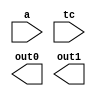
////////////////////////////////////////////////////////////////////////////////
//
//       This confidential and proprietary software may be used only
//     as authorized by a licensing agreement from Synopsys Inc.
//     In the event of publication, the following notice is applicable:
//
//                    (C) COPYRIGHT 1999 - 2023 SYNOPSYS INC.
//                           ALL RIGHTS RESERVED
//
//       The entire notice above must be reproduced on all authorized
//     copies.
//
//
// VERSION:   Verilog Simulation Architecture
//
// DesignWare_version: ec8c115d
// DesignWare_release: U-2022.12-DWBB_202212.5
//
////////////////////////////////////////////////////////////////////////////////
//-----------------------------------------------------------------------------------
//
// ABSTRACT:  Integer Squarer, parital products
//
//    **** >>>>  NOTE:	This model is architecturally different
//			from the 'wall' implementation of DW_squarep
//			but will generate exactly the same result
//			once the two partial product outputs are
//			added together
//
// MODIFIED:
//
//      RJK  12/14/2021    Eliminated excessive pragmas in order
//                         to enable vlogan analysis of simulation
//                         models (STAR 3988003)
//
// RPH                 10/16/2002
//                     Added parameter Chceking and added DC directives
//
//------------------------------------------------------------------------------
//

`ifdef VCS
`include "vcs/DW_squarep.v"
`else

module DW_squarep(a, tc, out0, out1);

   parameter integer width = 8;
   parameter integer verif_en = 1;

   input [width-1 : 0] a;
   input 	       tc;
   output [2*width-1 : 0] out0, out1;
   
  // synopsys translate_off
  //-------------------------------------------------------------------------
  // Parameter legality check
  //-------------------------------------------------------------------------

   
 
  initial begin : parameter_check
    integer param_err_flg;

    param_err_flg = 0;
    
     
    if (width < 1) begin
      param_err_flg = 1;
      $display(
	"ERROR: %m :\n  Invalid value (%d) for parameter width (lower bound: 1)",
	width );
    end
   
    if ( param_err_flg == 1) begin
      $display(
        "%m :\n  Simulation aborted due to invalid parameter value(s)");
      $finish;
    end

  end // parameter_check 

     
`ifndef DW_SUPPRESS_WARN
   initial begin : verif_en_warning
     $display("Non VCS simulator in use, so the parameter verif_en will be ignored and effectively assume the value 0.\n   Values of verif_en other than 0 require simulation with VCS.");
   end // verif_en_warning
`endif

   reg [2*width-1 : 0]    out0_fixed_cs, out1_fixed_cs;
   reg [width-1 : 0]      abs_a;


 //-----------------------------------------------------------------------------

     always @ (a or tc)
         begin : absval_a
            reg [width-1 : 0] a_temp;
            integer           indx;

            if ((tc & a[width-1]) === 1'b0)
               abs_a = a;

            else begin
               if ((tc & a[width-1]) === 1'b1)
                  begin
                     a_temp = ~a;

                     indx = 0;
                     while ((a_temp[indx] === 1'b1) && (indx < width))
                        begin
                           a_temp[indx] = 1'b0;
                           indx = indx + 1;
                        end

                     if (indx < width)
                        a_temp[indx] = ~a_temp[indx];

                     abs_a = a_temp;
                  end

               else
                  abs_a = {width{1'bx}};
            end
         end


   always @ (abs_a)
      begin : mult_array
         reg [2*width-1 : 0] pp_array [0 : width-1];
         reg [2*width-1 : 0] tmp_pp_sum, tmp_pp_carry;
         integer             indx, pp_count;

         if ( (^(abs_a ^ abs_a) !== 1'b0) ) begin
            out0_fixed_cs = {2*width{1'bx}};
            out1_fixed_cs = {2*width{1'bx}};
         end

         else begin
            if (width > 1)
               begin
                  for (indx=1 ; indx < width ; indx=indx+1)
                     begin
                        if (abs_a[indx] === 1'b1)
                           pp_array[indx] = {{width{1'b0}}, abs_a} << indx;
                        else
                           pp_array[indx] = {2*width{1'b0}};
                     end
               end

            if (abs_a[0] === 1'b1)
               pp_array[0] = {{width{1'b0}},abs_a};
            else
               pp_array[0] = {2*width{1'b0}};

            pp_count = width;

            while (pp_count > 2)
               begin
                  for (indx=0 ; indx < (pp_count/3) ; indx=indx+1)
                     begin
                        tmp_pp_sum = pp_array[indx*3] ^ pp_array[indx*3+1] ^
                            pp_array[indx*3+2];

                        tmp_pp_carry = pp_array[indx*3] & pp_array[indx*3+1] |
                                       pp_array[indx*3+1] & pp_array[indx*3+2] |
                                       pp_array[indx*3+2] & pp_array[indx*3];

                        pp_array[indx*2] = tmp_pp_sum;
                        pp_array[indx*2+1] = {tmp_pp_carry[width*2-2:0], 1'b0};
                     end

                  if ( (pp_count % 3) > 0 )
                     begin
                        for (indx=0 ; indx < (pp_count % 3) ; indx=indx+1)
                           pp_array[2 * (pp_count/3) + indx] =
                                  pp_array[3 * (pp_count/3) + indx];
                     end

                  pp_count = pp_count - (pp_count/3);
               end

            out0_fixed_cs = pp_array[0];

            if (pp_count == 1)
               out1_fixed_cs = {width*2{1'b0}};
            else
               out1_fixed_cs = pp_array[1];

         end
      end



   assign out1 = out1_fixed_cs;
   assign out0 = out0_fixed_cs; 
   // synopsys translate_on
endmodule
`endif